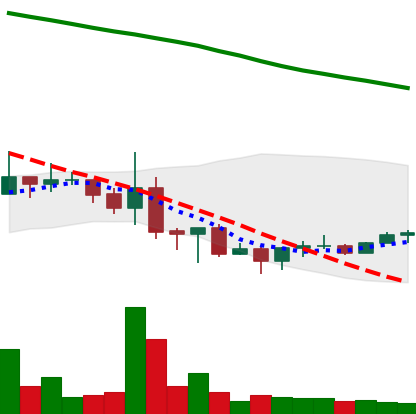
Ticker: NEO-USD
Chart end date: 2022-06-25
Forward return: -13.096%
Label: down_7plus